Lunatic asylums Madras 1877-1891 - 1877-1891
Year: 1877
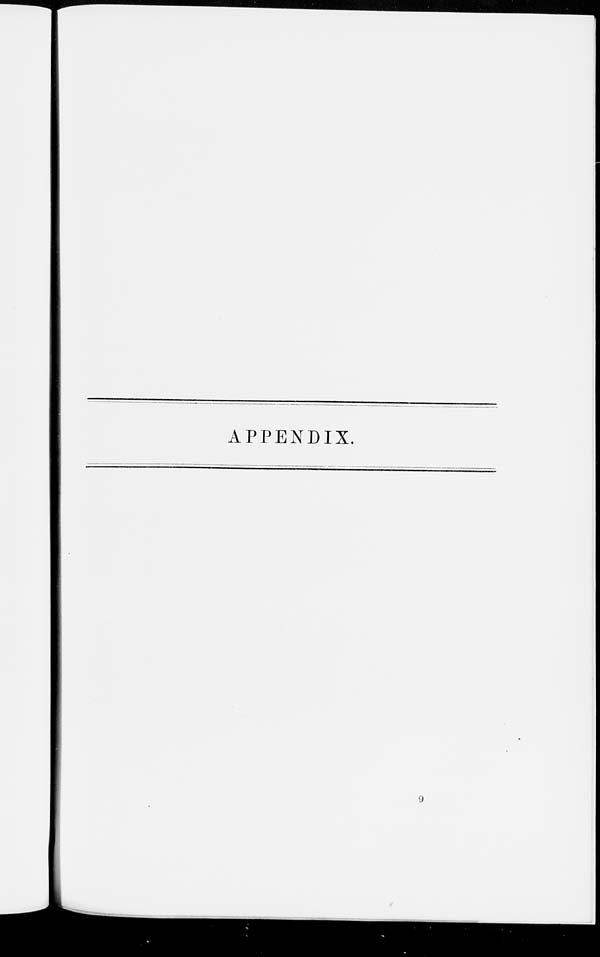
APPENDIX.